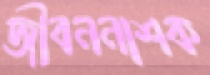
জীবননাশক